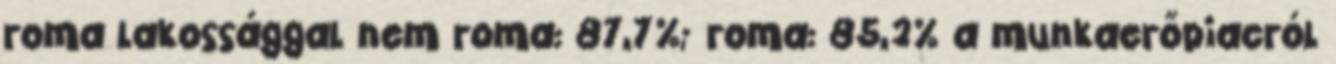
roma lakossággal nem roma: 87,7%; roma: 85,2% a munkaerőpiacról